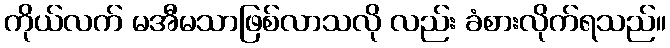
ကိုယ်လက် မအီမသာဖြစ်လာသလို လည်း ခံစားလိုက်ရသည်။